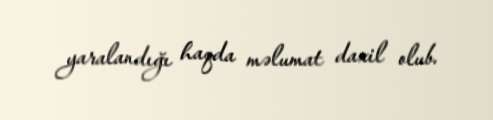
yaralandığı haqda məlumat daxil olub.